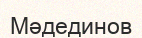
Мәдединов